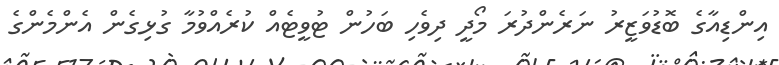
އިންޑިއާގެ ބޮޑުވަޒީރު ނަރެންދުރަ މޯދީ ދިވެހި ބަހުން ޓުވީޓެއް ކުރެއްވުމާ ގުޅިގެން އެންމެންގެ